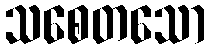
သစေတသော